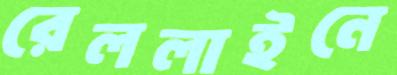
রেললাইনে